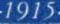
1915